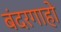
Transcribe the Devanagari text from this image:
बंदरगाहो